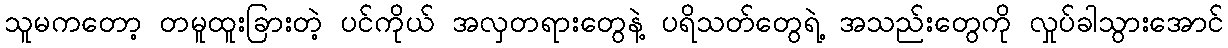
သူမကတော့ တမူထူးခြားတဲ့ ပင်ကိုယ် အလှတရားတွေနဲ့ ပရိသတ်တွေရဲ့ အသည်းတွေကို လှုပ်ခါသွားအောင်